Voisiku_vallavalitsus, lk 251
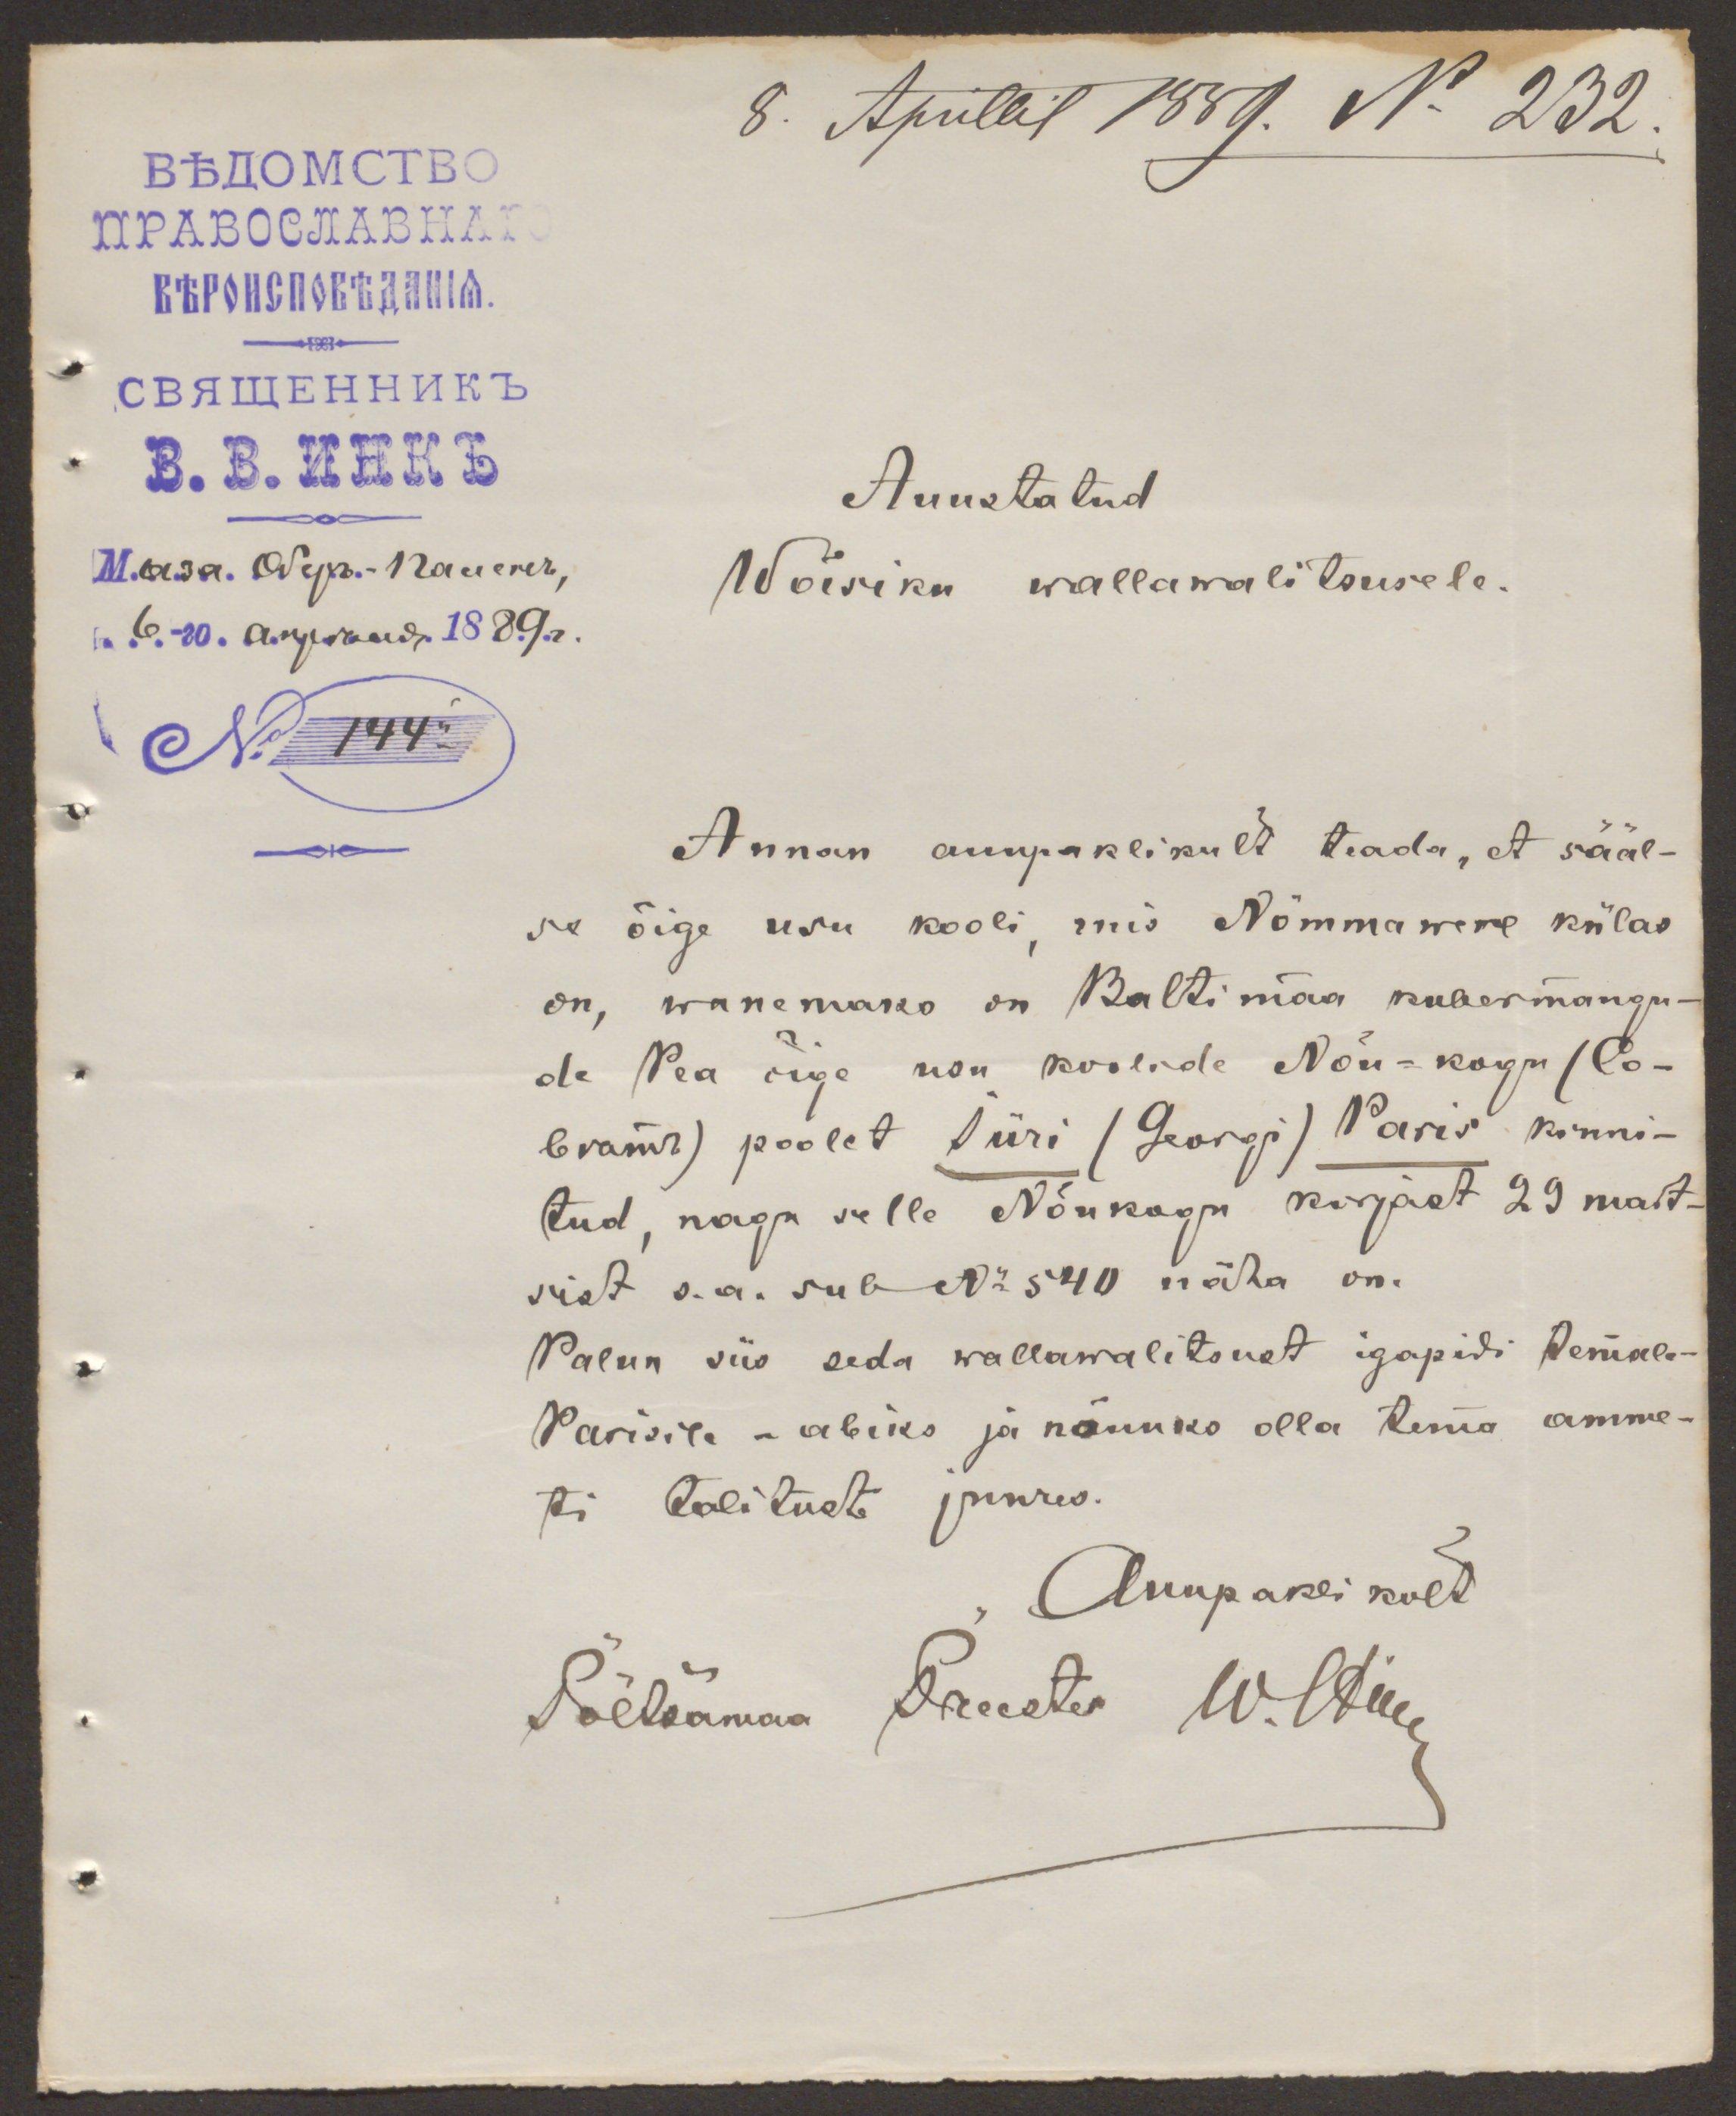
8. Aprillil 1889. No 232.
Auustatud
Wõisiku wallawalitsusele.
No 144.
Annan auupaklikult teada, et sääl-
se õige usu kooli, mis Nõmmawere külas
on, wanemaks on Baltimaa kubermangu-
de Pea õige usu koolide Nõu-kogu (Po-
ветй) poolet Türi (Georgi) Paris kinni-
tud, nagu selle Nõukogu kirjast 29 mart-
sist s.a. sub No 540 näha on.
Palun viia seda wallawalitsust igapidi temale-
Parisile - abiks ja nõuniko olla tema amme-
ti talituste juures.
Auupaklikult
Põltsamaa Preester W.ltman